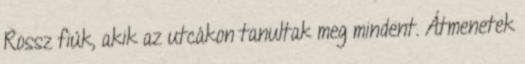
Rossz fiúk, akik az utcákon tanultak meg mindent. Átmenetek